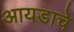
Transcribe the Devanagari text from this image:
आयडाचे